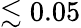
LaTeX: \lesssim 0.05